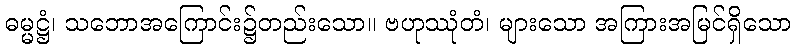
ဓမ္မဋ္ဌံ၊ သဘောအကြောင်း၌တည်းသော။ ဗဟုဿုံတံ၊ များသော အကြားအမြင်ရှိသော